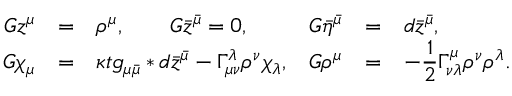
\begin{array} { r c l r c l } { { G z ^ { \mu } } } & { { = } } & { { \rho ^ { \mu } , \qquad \hfil G \bar { z } ^ { \bar { \mu } } = 0 , \hfil } } & { { G \bar { \eta } ^ { \bar { \mu } } } } & { { = } } & { { d \bar { z } ^ { \bar { \mu } } , } } \\ { { G \chi _ { \mu } } } & { { = } } & { { \kappa t g _ { \mu \bar { \mu } } * d \bar { z } ^ { \bar { \mu } } - \Gamma _ { \mu \nu } ^ { \lambda } \rho ^ { \nu } \chi _ { \lambda } , } } & { { G \rho ^ { \mu } } } & { { = } } & { { - \displaystyle \frac { 1 } { 2 } \Gamma _ { \nu \lambda } ^ { \mu } \rho ^ { \nu } \rho ^ { \lambda } . } } \end{array}